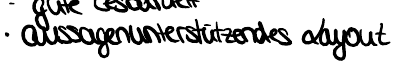
aussageunterstützendes Layout